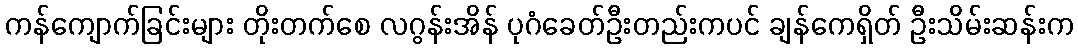
ကန်ကျောက်ခြင်းများ တိုးတက်စေ လဂွန်းအိန် ပုဂံခေတ်ဦးတည်းကပင် ချန်ကေရှိတ် ဦးသိမ်းဆန်းက